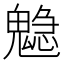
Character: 𩴃